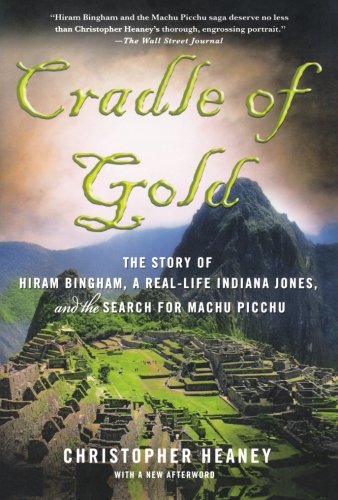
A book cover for Cradle of Gold: The Story of Hiram Bingham, a Real-Life Indiana Jones, and the Search for Machu Picchu; Christopher Heaney; Biographies & Memoirs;